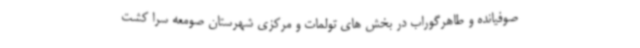
صوفیانده و طاهرگوراب در بخش های تولمات و مرکزی شهرستان صومعه سرا کشت